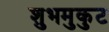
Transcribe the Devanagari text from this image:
शुभमुकुट